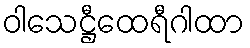
ဝါသေဋ္ဌီထေရီဂါထာ